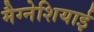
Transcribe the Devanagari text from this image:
मैग्नेशियाई